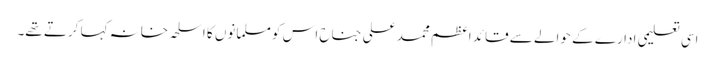
اسی تعلیمی ادارے کے حوالے سے قائد اعظم محمد علی جناح اس کو مسلمانوں کا اسلحہ خانہ کہا کرتے تھے۔